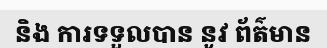
និង ការទទួលបាន នូវ ព័ត៌មាន